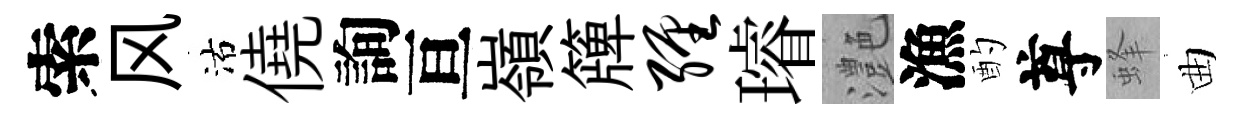
索风沽僥詢亘嶺簰缠璿灔漁酌尊蜂曲